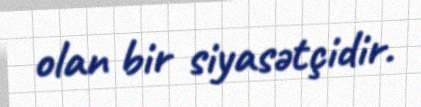
olan bir siyasətçidir.